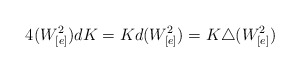
\begin{align*}4(W_{[e]}^{2}) dK = K d(W_{[e]}^{2}) = K \triangle(W_{[e]}^{2})\end{align*}